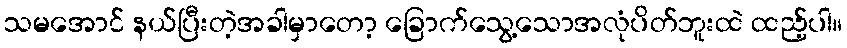
သမအောင် နယ်ပြီးတဲ့အခါမှာတော့ ခြောက်သွေ့သောအလုံပိတ်ဘူးထဲ ထည့်ပါ။